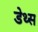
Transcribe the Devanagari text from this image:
डेथ्स